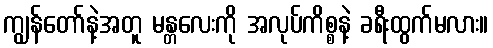
ကျွန်တော်နဲ့အတူ မန္တလေးကို အလုပ်ကိစ္စနဲ့ ခရီးထွက်မလား။